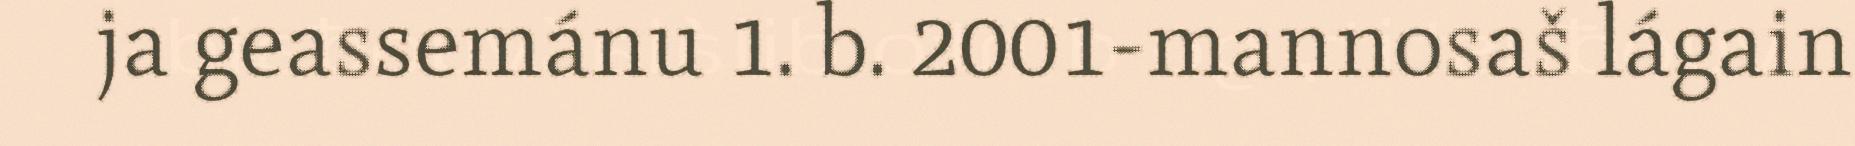
ja geassemánu 1. b. 2001-mannosaš lágain